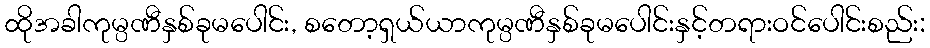
ထိုအခါကုမ္ပဏီနှစ်ခုမပေါင်း, စတော့ရှယ်ယာကုမ္ပဏီနှစ်ခုမပေါင်းနှင့်တရားဝင်ပေါင်းစည်း: